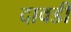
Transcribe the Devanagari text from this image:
दावडी